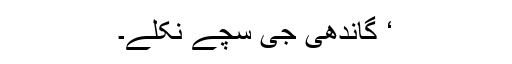
‘ گاندھی جی سچے نکلے۔